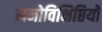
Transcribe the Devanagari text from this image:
मनोविक्षिप्तियों